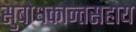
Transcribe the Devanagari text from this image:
सुबोधकान्तसहाय